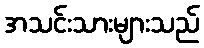
အသင်းသားများသည်